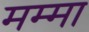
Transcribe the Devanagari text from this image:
मम्मा